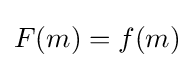
F(m)=f(m)